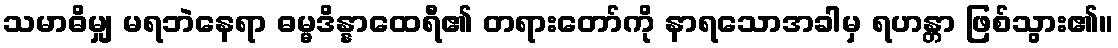
သမာဓိမျှ မရဘဲနေရာ ဓမ္မဒိန္နာထေရီ၏ တရားတော်ကို နာရသောအခါမှ ရဟန္တာ ဖြစ်သွား၏။